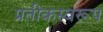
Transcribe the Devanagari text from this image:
प्रतीकस्वरूप